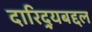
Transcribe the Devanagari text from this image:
दारिद्‌र्‍यबद्दल